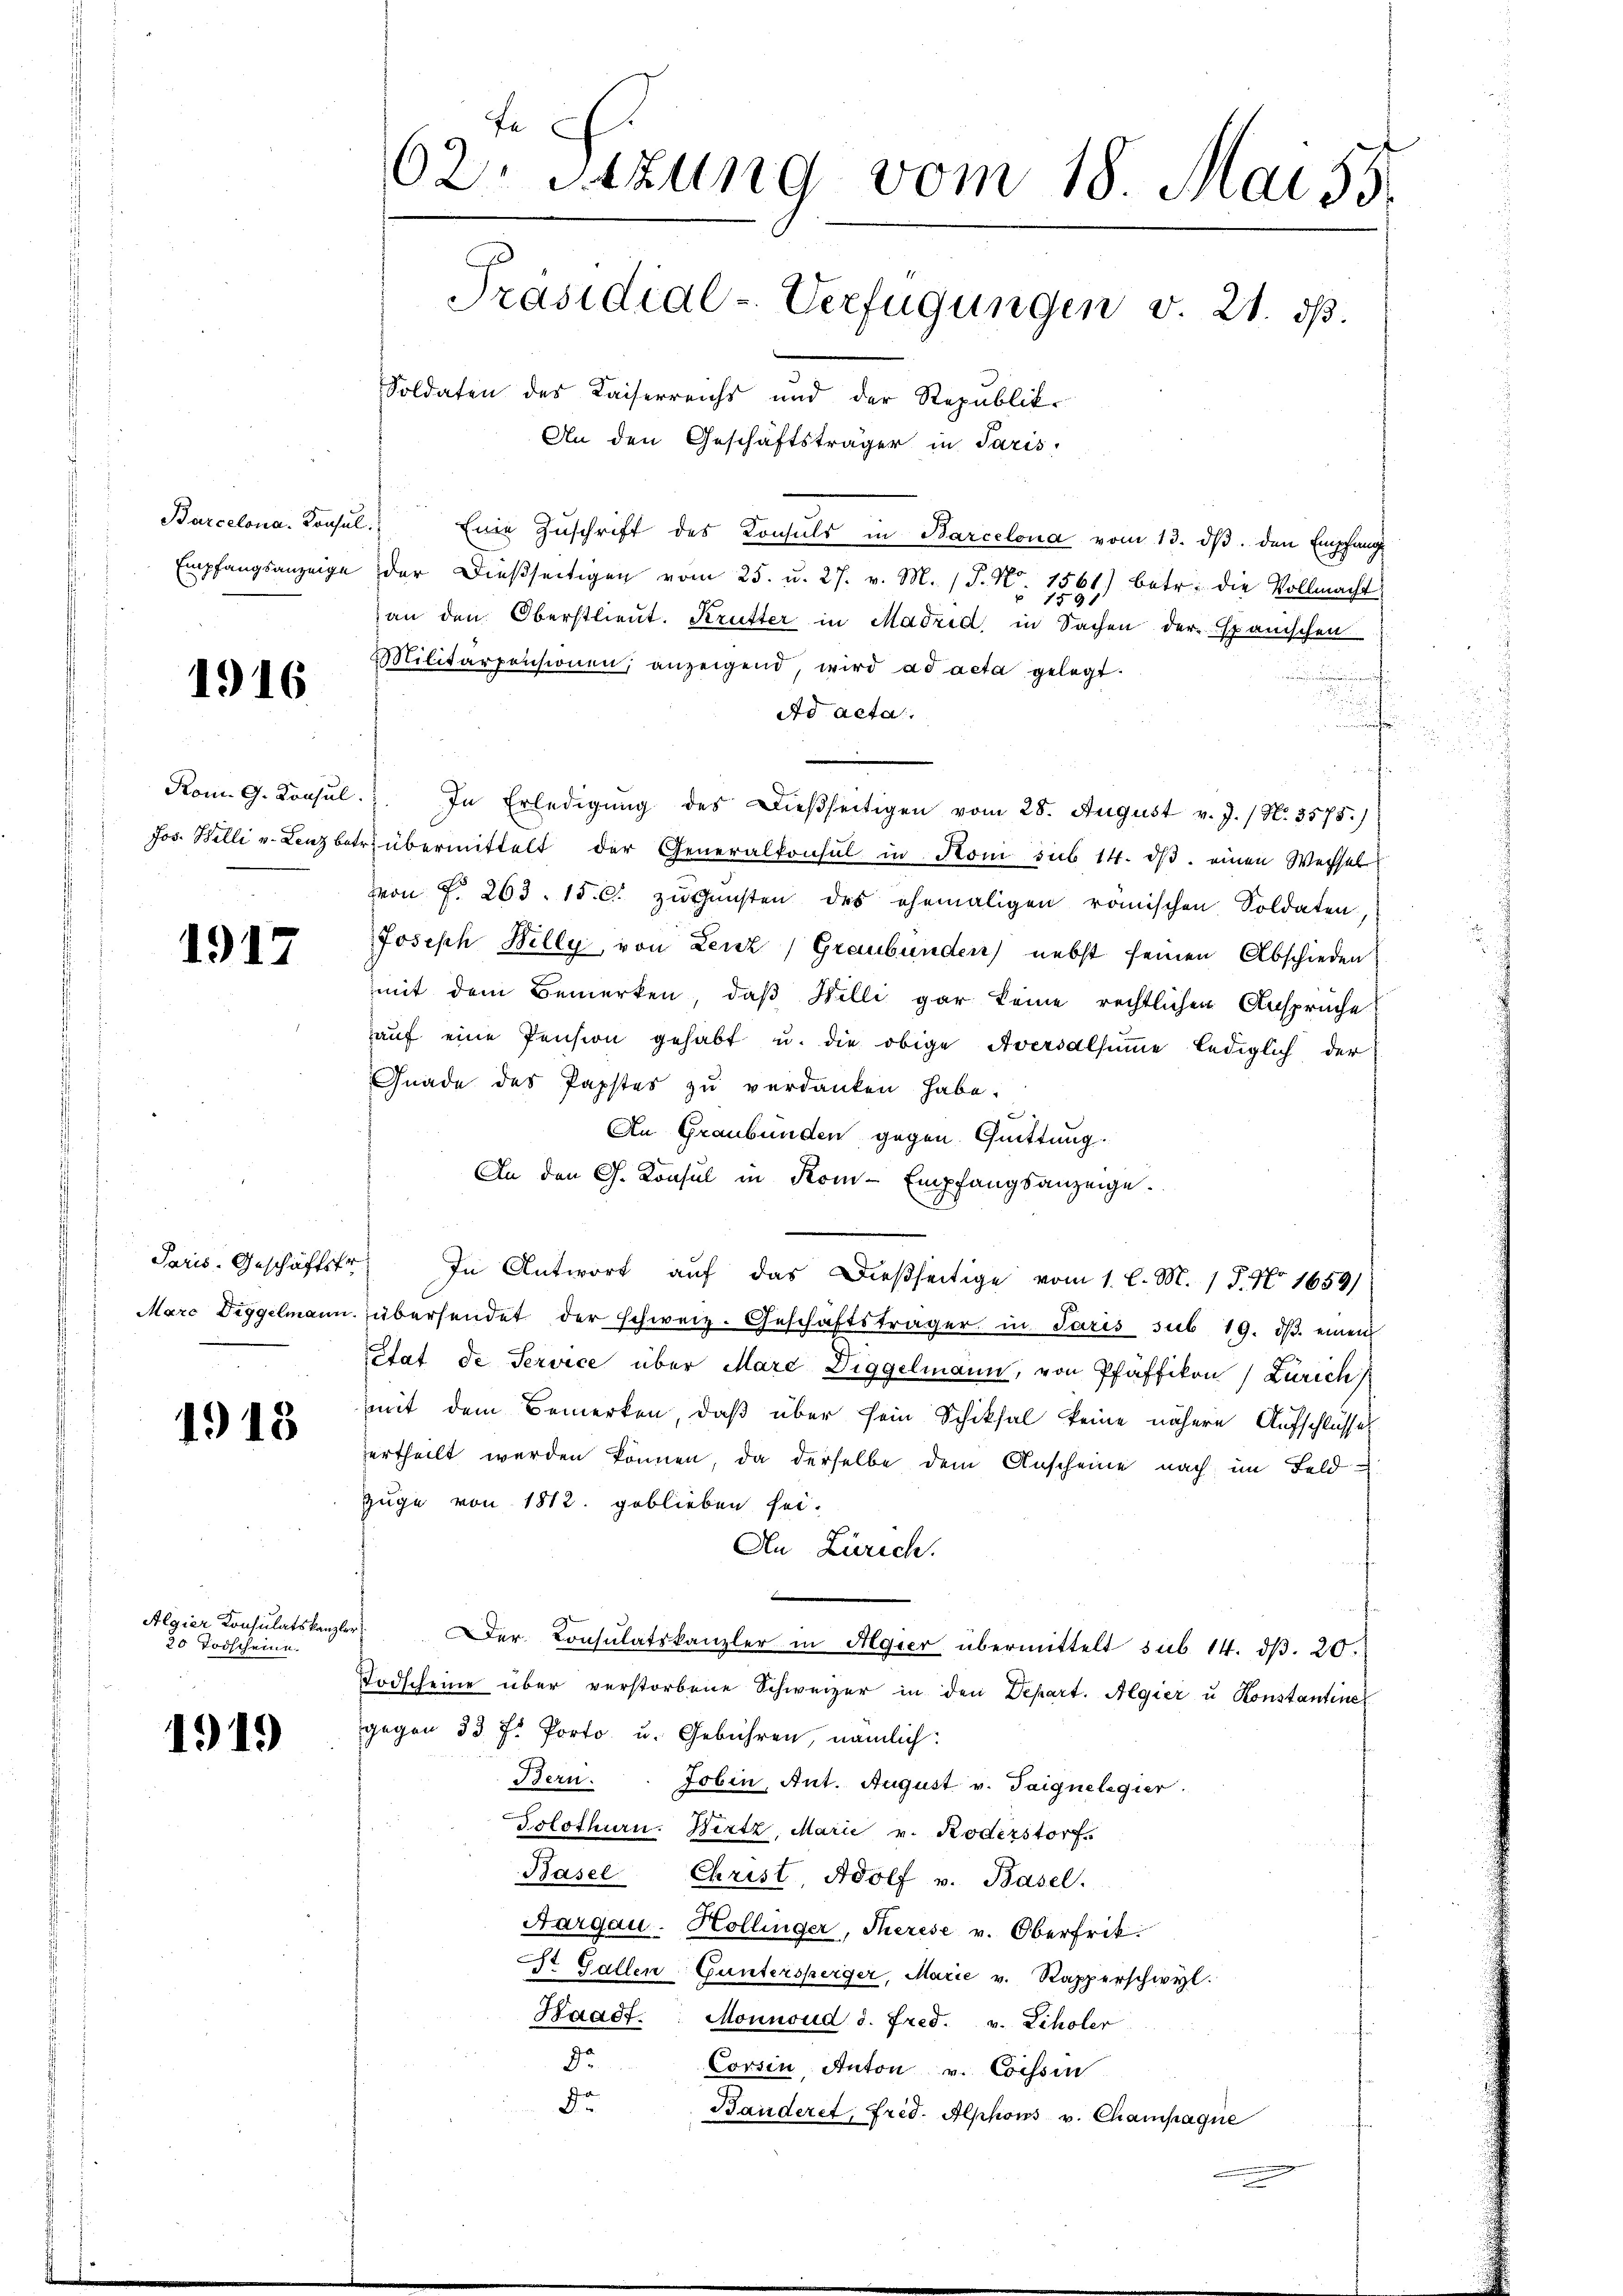
1916

Rom. G. Konsul

1917

Paris. Geschäftsfr

1918

Algier Konsulatskanzle
30 Todscheine.

1919

62. Sitzung vom 18. Mai 55.
Präsidial-Verfügungen v. 21. d.
Soldaten des Kaiserreichs und der Republik
An den Geschäftsträger in Paris,

Barcelona. Konsul " Eine Zuschrift des Konsuls in Barcelona vom 13. ds. den Empfange
Empfangsanzeige der dießseitigen vom 25. u. 27. v. M. (T. N. 1561) betr. die Vollmacht
an den Oberstlieut. Krutter in Madrid in Sachen der Spanischen
Militärponsionen, anzeigend, wird ad acta gelegt.
n
Ad acta.
i
h
. In Erledigung des Dießseitigen vom 28. August v. J. / N. 3575.)
Jos. Belli u. Lenzbetrübermittelt der Generalkonsul in Rom sub 14. dβ. einen Wechsel
von f. 263. 15. C. zu Gunsten des ehemaligen römischen Soldaten,
Joseph Billy, von Lenz) Graubünden nebst seinen Abschieden
mit dem Bemerken, daß Willi gar keine rechtlichen Ansprüche
aŭf eine Pension gehabt u. die obige Aversalsumme lediglich der
Gnade des Papstes zu verdanken habe.
An Graubünden gegen Quittung.
An den G. Konsul in Kom-Empfangsanzeige.
In Antwort auf das dießseitige vom 1. l. M. 1 P. Nr. 1659)
Marc Diggelmann übersendet der schweiz. Geschäftsträger in Jaris sub 19. dβ einen
état de Service über Marc Diggelmann, von Pfäffikon (Zürich
mit dem Bemerken, daß über sein Schiksal keine nähere Aufschlüsses
ertheilt werden können, da derselbe dem Anscheine nach im Feld
Zuge von 1812. geblieben sei.
An Zürich.
e
Der Consulatskanzler in Algier übermittelt sub 14. dß. 20.
Todscheine über verstorbene Schweizer in den Depart. Algier u Konstantine
gegen 33 f. Porto u. Gebühren, nämlich:
Bern. Jobin, Ant. August v. Taignelegier
Solothurn. Wertz, Marie v. Roderstorf.
Pasel Christ, Adolf v. Basel.
Aargau. Hollinger, Therese v. Oberfrit.
St. Gallen Guntersperger, Marie v. Rapperschwyl.
Waadt. Monnoud d. Fred. v. Scholer
5.
Corsin Anton v. Cossin
de
Bauderet, frid. Alphons v. Champagne